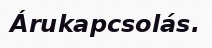
Árukapcsolás.